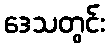
ဒေသတွင်း